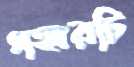
গহ্বরটি